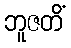
ဘူဇတိံ